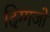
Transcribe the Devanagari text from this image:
दिग्गजो